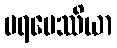
ပရပေဿိယာ